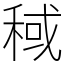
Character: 稢